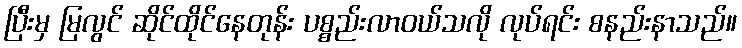
ပြီးမှ မြလွင် ဆိုင်ထိုင်နေတုန်း ပစ္စည်းလာဝယ်သလို လုပ်ရင်း စနည်းနာသည်။